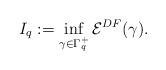
LaTeX: \begin{align*}I_q:=\inf_{\gamma\in \Gamma_q^+}\mathcal{E}^{DF}(\gamma).\end{align*}